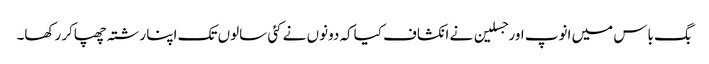
بگ باس میں انوپ اورجسلین نے انکشاف کیاکہ دونوں نے کئی سالوں تک اپنا رشتہ چھپاکر رکھا۔